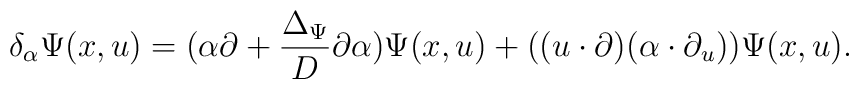
\delta_{\alpha}\Psi(x,u) =(\alpha\partial + \frac{\Delta_{\Psi}}{D}\partial \alpha )\Psi(x,u) +((u\cdot \partial) (\alpha\cdot\partial_u))\Psi(x,u).